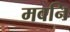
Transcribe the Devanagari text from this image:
मवनि